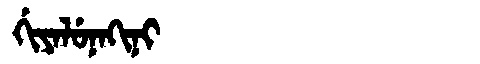
Manchu: ᡤᡳᠶᠠᠯᡠᠨᠠᡴᡳᠨᡳ
Romanization: GIYALUNAKINI